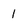
Character: 1